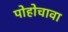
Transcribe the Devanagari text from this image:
पोहोचावा